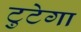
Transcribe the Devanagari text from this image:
टुटेगा